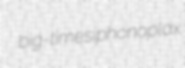
big-time siphonoplax